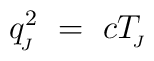
q_{\!_J}^2 \ = \ c T_{\!_J}